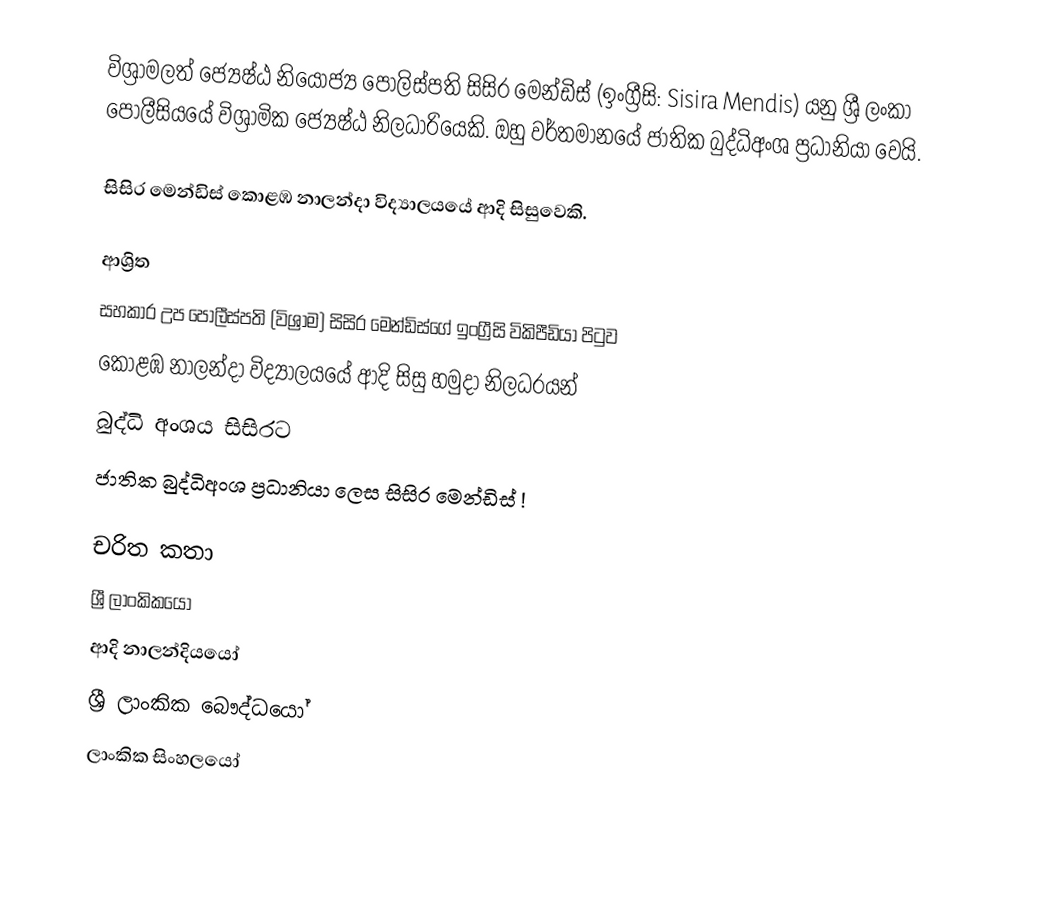
විශ්‍රාමලත් ජ්‍යෙෂ්ඨ නියෝජ්‍ය ‍පොලිස්පති  සිසිර මෙන්ඩිස් (ඉංග්‍රීසි: Sisira Mendis) යනු  ශ්‍රී ලංකා පොලීසියයේ විශ්‍රාමික ජ්‍යෙෂ්ඨ නිලධාරියෙකි.  ඔහු වර්තමානයේ ජාතික බුද්ධිඅංශ ප්‍රධානියා වෙයි.

සිසිර මෙන්ඩිස්  කොළඹ නාලන්දා විද්‍යාලයයේ ආදි සිසුවෙකි.

ආශ්‍රිත
  සහකාර උප පොලීස්පති (විශ්‍රාම) සිසිර මෙන්ඩිස්ගේ ඉංග්‍රීසි විකිපීඩියා පිටුව
 කොළඹ නාලන්දා විද්‍යාලයයේ ආදි සිසු හමුදා නිලධරයන්
 බුද්ධි අංශය සිසිරට
 ජාතික බුද්ධිඅංශ ප්‍රධානියා ලෙස සිසිර මෙන්ඩිස් !

චරිත කතා
ශ්‍රී ලාංකිකයෝ
ආදි නාලන්දියයෝ
ශ්‍රී ලාංකික බෞද්ධයෝ
ලාංකික සිංහලයෝ